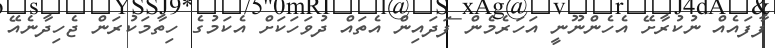
ފާފައެއް ނުކުރާށޭ އެހެންނޫނީ އަހަރެމެން ފަދައިން އެތައް ދުވަހަކަށް އެކަމުގެ ހިތާމަކުރަން ޖެހިދާނެއޭ